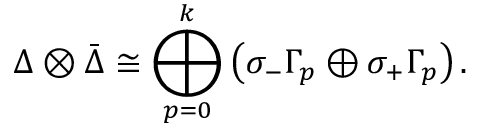
\Delta \otimes { \bar { \Delta } } \cong \bigoplus _ { p = 0 } ^ { k } \left( \sigma _ { - } \Gamma _ { p } \oplus \sigma _ { + } \Gamma _ { p } \right) .